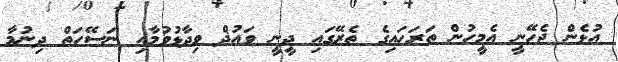
އުޅެން ޖެހޭނީ އެމީހުން ތަރަހައިގެ ތެރޭގައި ދީނީ ވައުޛް ވިދާޅުވުމާއި ނަސޭހަތް ދިނުމާ